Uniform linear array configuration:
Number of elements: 16
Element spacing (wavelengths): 0.75
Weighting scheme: hamming
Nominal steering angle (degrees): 60
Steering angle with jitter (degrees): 58.274
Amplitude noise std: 0.05
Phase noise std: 0.05

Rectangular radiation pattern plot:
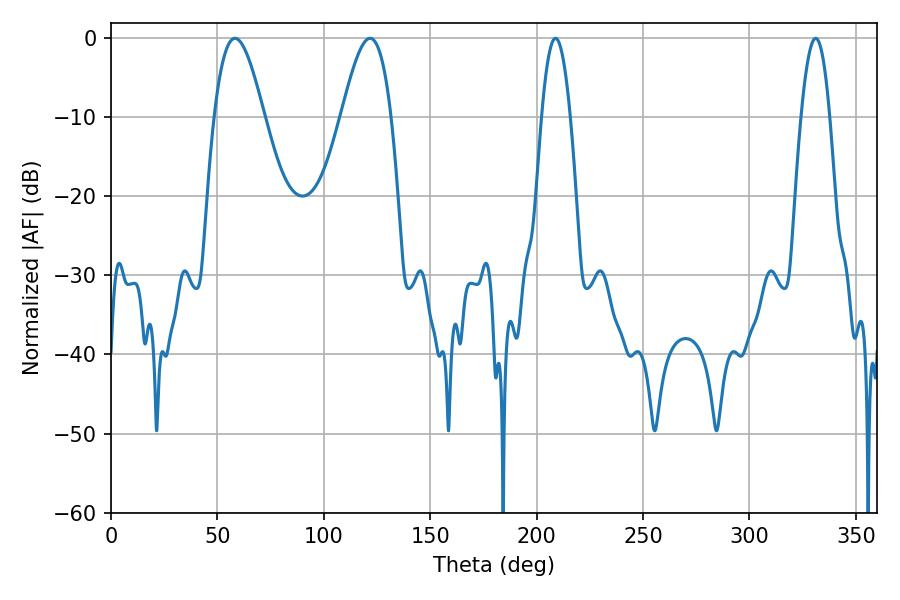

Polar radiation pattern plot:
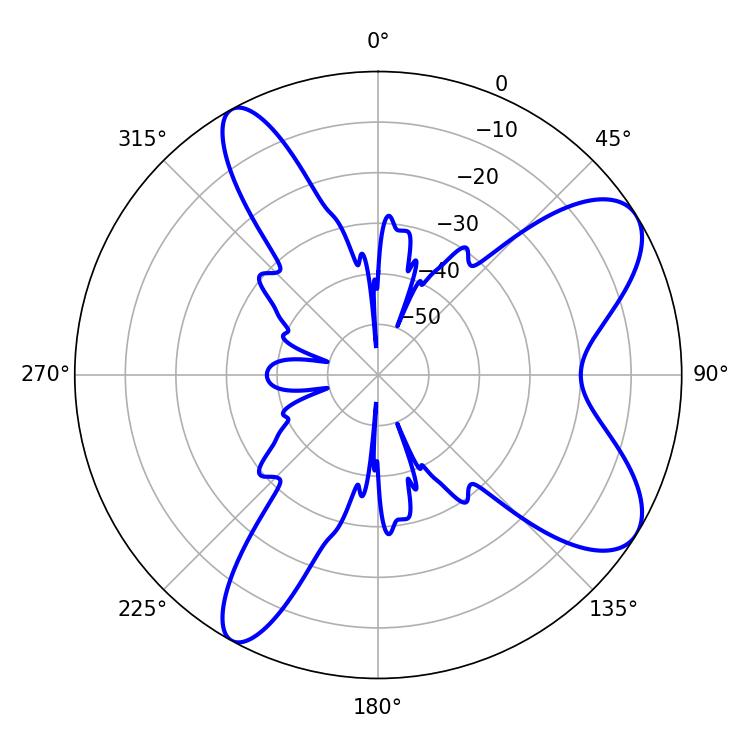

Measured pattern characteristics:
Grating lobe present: TRUE
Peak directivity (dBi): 8.462
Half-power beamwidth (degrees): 12.6
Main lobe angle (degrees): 58.32